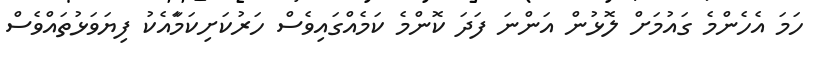
ހަމަ އެހެންމެ ގައުމަށް ލޮޅުން އަންނަ ފަދަ ކޮންމެ ކަމެއްގައިވެސް ހަރުކަށިކަމާައެކު ފިޔަވަޅުތައްވެސް